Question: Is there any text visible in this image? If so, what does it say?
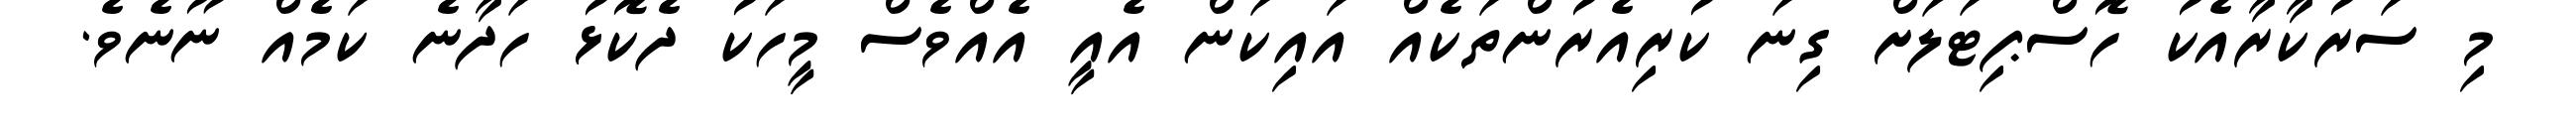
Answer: މި ސަރުކާރާއެކު ހޮސްޕިޓަލަށް ގިނަ ކުރިއެރުންތަކެއް އައިކަން އެއީ އެއްވެސް މީހަކު ދެކޮޅު ހަދާނެ ކަމެއް ނޫނެވެ.